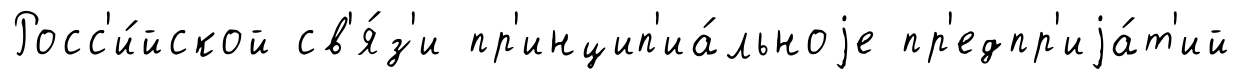
Росс'и́йской св'я́з'и пр'инцип'иа́льноjе пр'едпр'иjа́т'ий